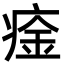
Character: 㾣